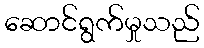
ဆောင်ရွက်မှုသည်